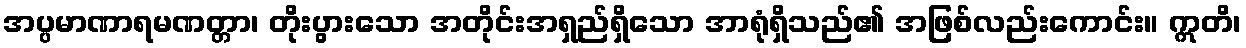
အပ္ပမာဏာရမဏတ္တာ၊ တိုးပွားသော အတိုင်းအရှည်ရှိသော အာရုံရှိသည်၏ အဖြစ်လည်းကောင်း။ ဣတိ၊